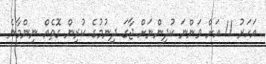
އަހަރު 11 އަށް ވަންނަ ކުދިންނަށް ޖާގަ ދިނުމުގެ ކުރިން ގޮތެއް ނިންމާނެ